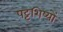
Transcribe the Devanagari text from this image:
पट्टशिष्यों